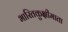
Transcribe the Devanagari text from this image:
भारितकुक्षीमाता